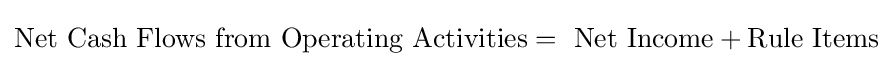
{\text{Net Cash Flows from Operating Activities}}={\text{ Net Income}}+{\text{Rule Items}}